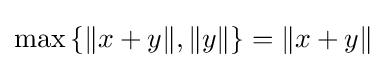
\max \left\{\|x+y\|,\|y\|\right\}=\|x+y\|